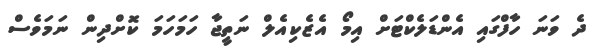
ދެ ވަނަ ހާފްގައި އެންޑަލެކްޓަށް އިމޯ އެޒެކިއެލް ނަތީޖާ ހަމަހަމަ ކޮށްދިން ނަމަވެސް